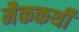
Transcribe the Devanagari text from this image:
मैककर्थी